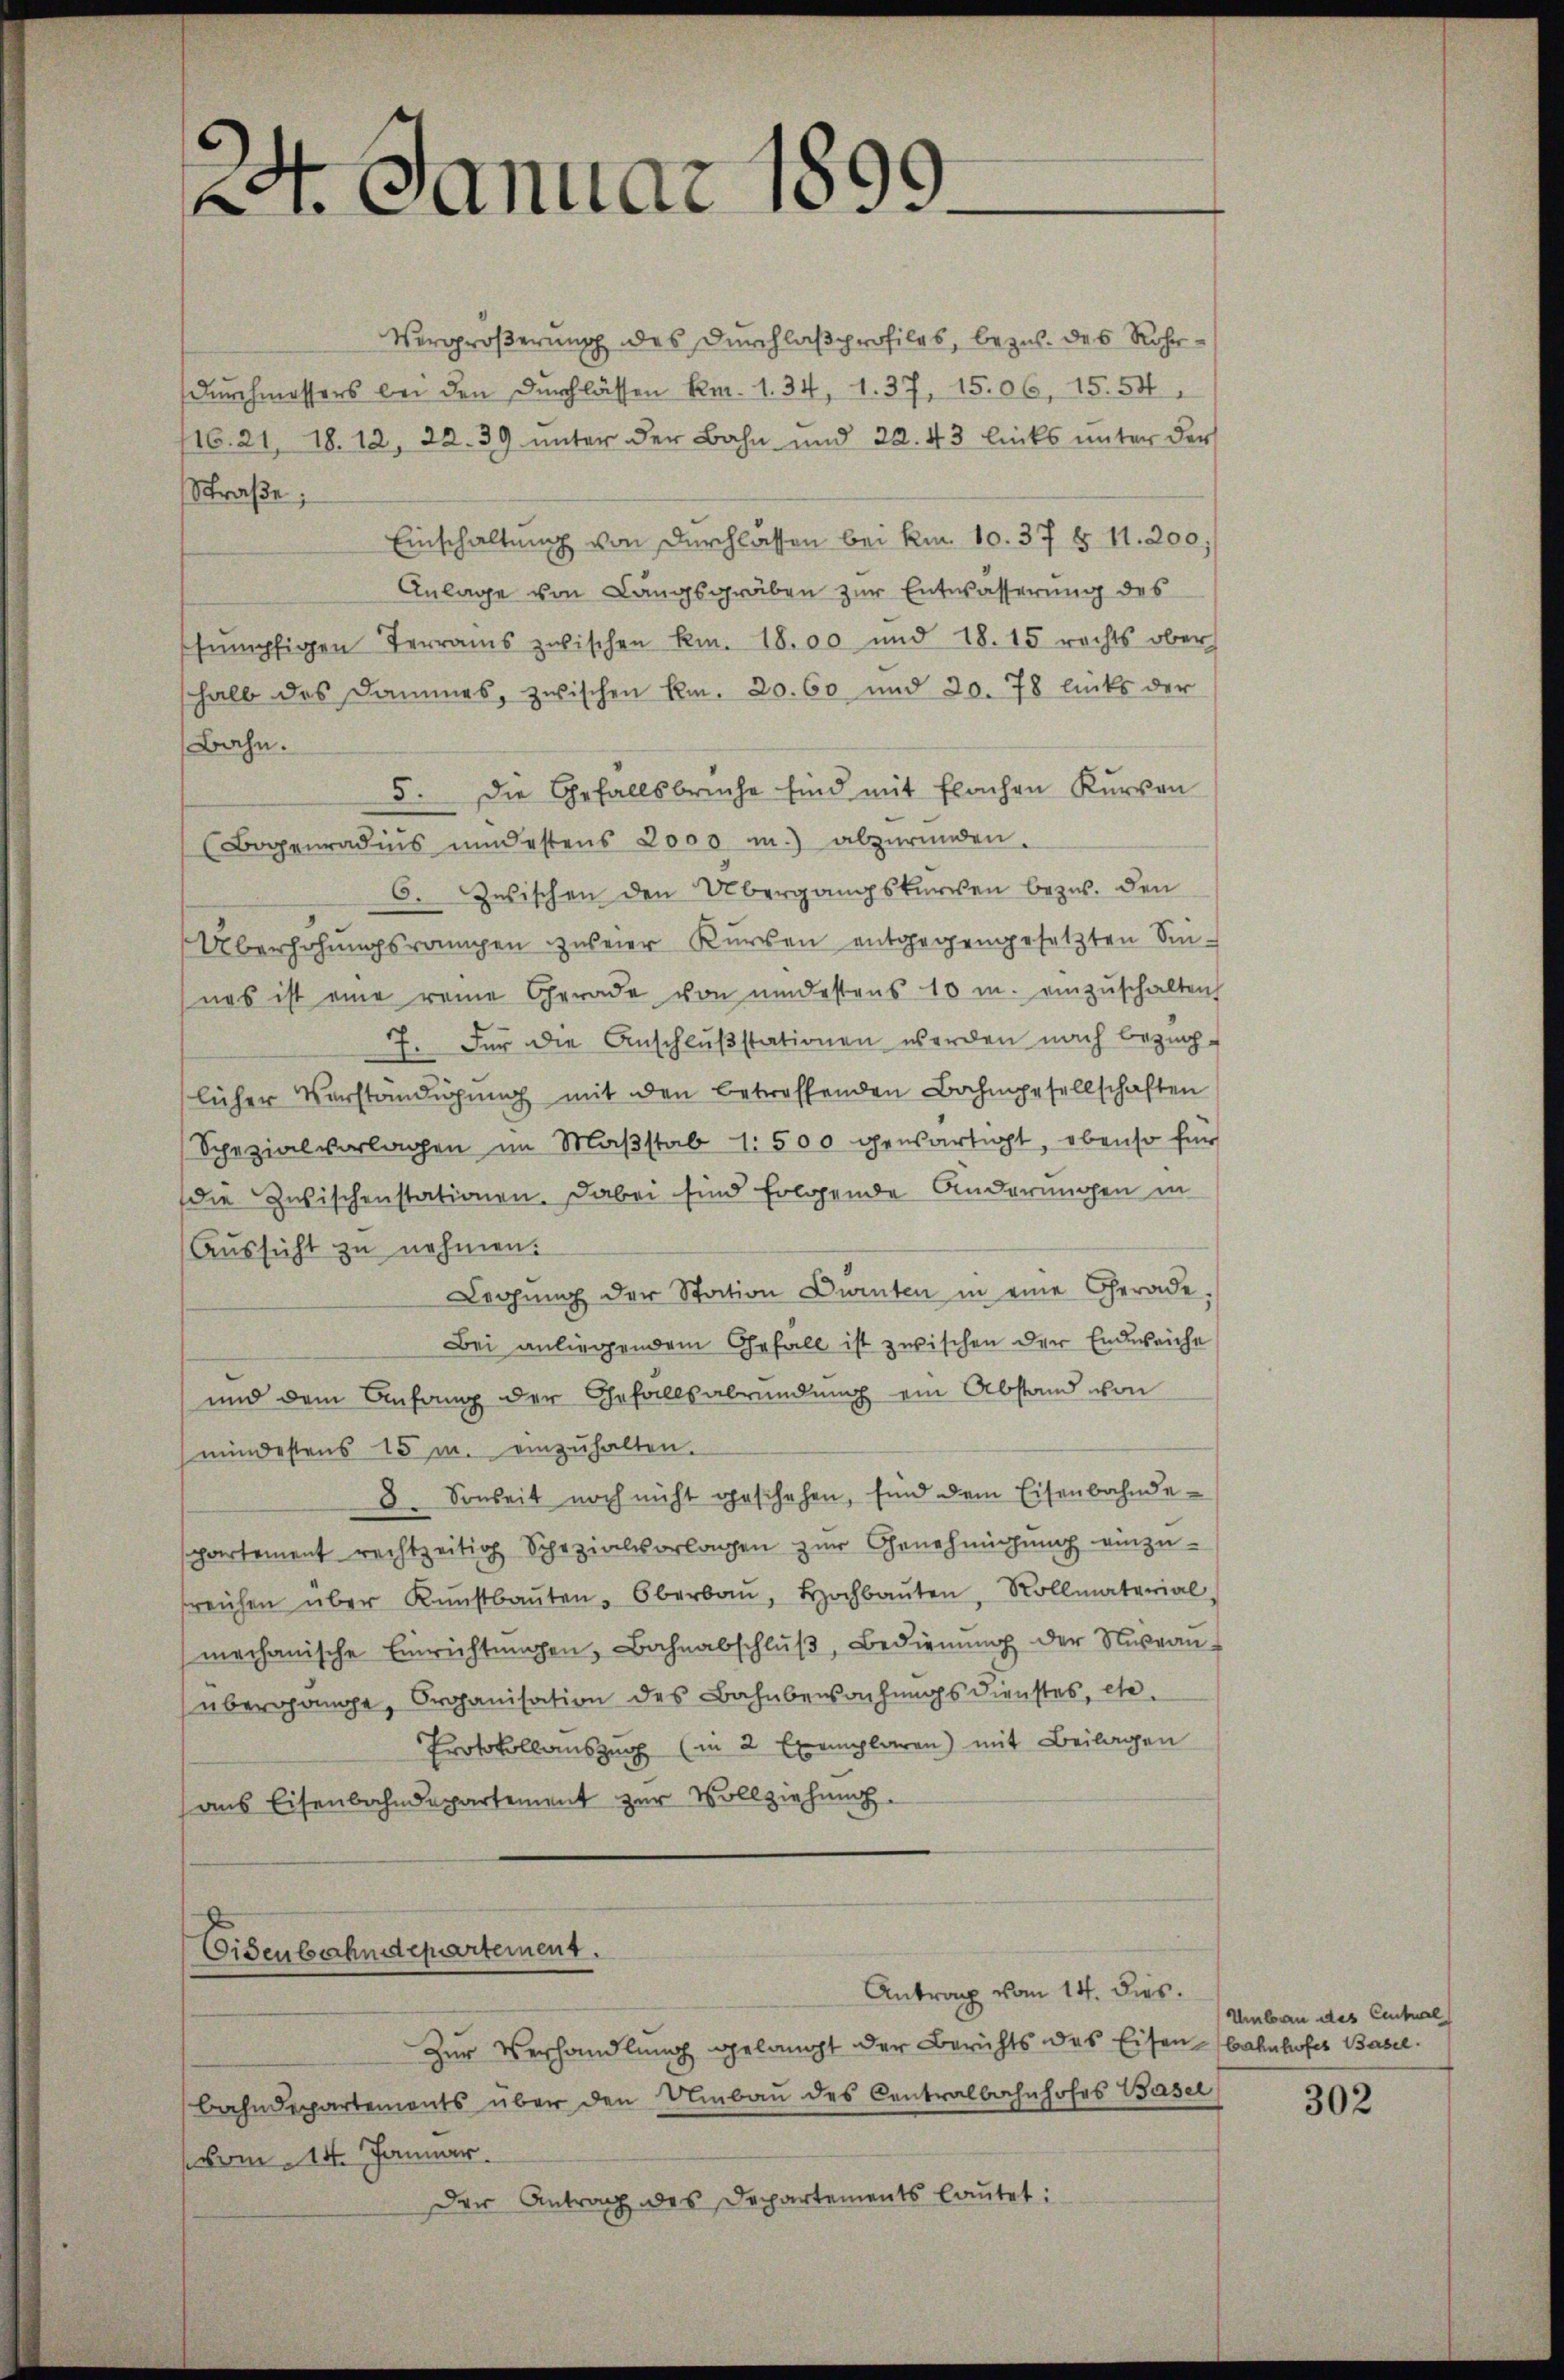
2. Januar 1899

Vergrößerung des Durchlaßprofiles, bezug des Rohrdurchmessers bei den Durchlassen Rm. 1. 34, 1. 37, 15.06, 15. 54.
16. 21, 18. 12, 22. 39 unter der Bahn und 20. 43 links unter der
Straße;
Einschaltung von Durchlassen bei kn. 10. 37 § 11. 200,
Anlage von Langsgräben zur Entwässerung des
sumpfigen Terras zwischen kn. 18.00 und 18. 15 rechts ober
halb des Dammes, zwischen R. 20. 60 und 20. 78 links der
Bahn.
5. Die Gefallsbrüche sind mit Flachen Kurven
Bogenradus undestens 2000 m.) abzŭründen.
6. Zwischen den Übergangskurren bezw. den
Überhöhŭngsrangen zweier Kurren entgegengesetzten Sin-
nas ist eine reine Gerade von undestens 10 m. einzŭschalten
7. Für die Anschlußstationen werden nach bezüg-
licher Verständigung mit den betreffenden Bahngesellschaften
Spezialvorlagen im Maβstab 1. 500 gewärtigt, ebenso für
die Zwischenstationen. Dabei sind folgende Anderungen in
Aussicht zu nehmen.
Legŭng der Station Dürnten in eine Gerade,
Bei anliegendem Gefall ist zwischen der Endweiche
und dem Anfang der Gefallsabründung ein Abstand von
mindestens 15 m. einzuhalten.
3. Sonseit noch nicht geschehen, sind dem Eisenbahndespartement rechtzeitig Schazialvorlagen zur Genehmigung einzufreichen über Kunstbaŭten Oberbaŭ, Hochbaŭe, Rollmaterial
mechanische Einrichtŭngen, Bahnabschlŭβ, Bedienŭng der Niveau
übergange, Organisation des Bahnbewachungsdienstes, etc.
Protokollauszug (in 2 Exemplaren) mit Beilagen
aus Eisenbahndepartement zur Vollziehung.

Eisenbahndepartement.

Antrag vom 14. dies.
Zur Verhandlung gelangt der Berichts des Eisenbahnhofes Basel.
bahndepartements über den Umbaŭ des Centralbahnhofes Basel
vom 14. Januar.
Der Antrag des Departements lautet:

Umbau des Centual
302